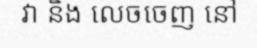
វា និង លេចចេញ នៅ